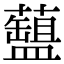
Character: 𧂚